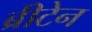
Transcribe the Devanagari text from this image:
ब्रीटेन